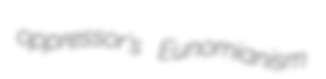
oppressor's Eunomianism